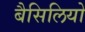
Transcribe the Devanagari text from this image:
बैसिलियो